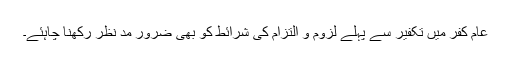
عام کفر میں تکفیر سے پہلے لزوم و التزام کی شرائط کو بھی ضرور مد نظر رکھنا چاہئے۔